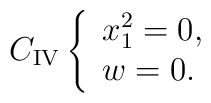
C_{{\rm IV}}\left\{            \begin{array}{l}               x_1^2=0, \\               w=0.            \end{array} \right.